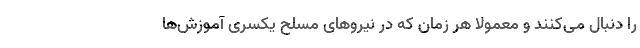
را دنبال می‌کنند و معمولاً هر زمان که در نیروهای مسلح یکسری آموزش‌ها